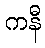
ကနီ